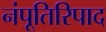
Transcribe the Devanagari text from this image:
नंपूतिरिपाद